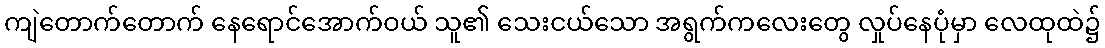
ကျဲတောက်တောက် နေရောင်အောက်ဝယ် သူ၏ သေးငယ်သော အရွက်ကလေးတွေ လှုပ်နေပုံမှာ လေထုထဲ၌